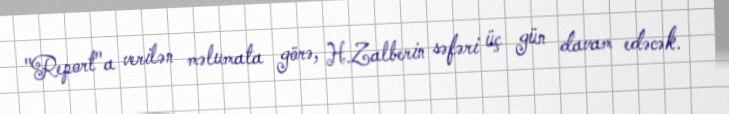
"Report"a verilən məlumata görə, H.Zalberin səfəri üç gün davam edəcək.